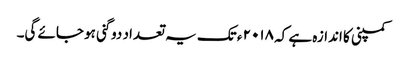
کمپنی کا اندازہ ہے کہ ۲۰۱۸ ء تک یہ تعداد دو گنی ہو جائے گی۔